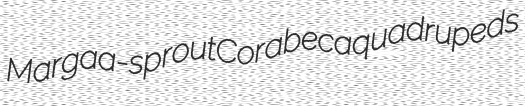
Marga a-sprout Corabeca quadrupeds